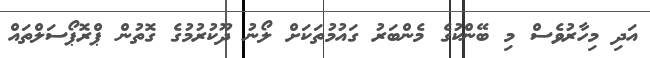
އަދި މިހާރުވެސް މި ބޭންކުގެ މެންބަރު ގައުމުތަކަށް ލޯނު ދޫކުރުމުގެ ގޮތުން ޕްރޮޕޯސަލްތައް